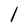
Character: l